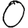
Digit: 0